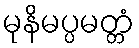
မုနိမပ္ပမတ္တံ